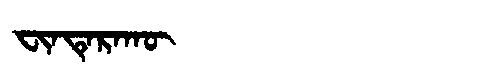
Manchu: ᠸᡳᠨᡨᡝᡵᠠᡴᡡ
Romanization: FINTERAKŪ